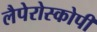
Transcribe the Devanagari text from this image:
लैपेरोस्कोपी